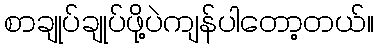
စာချုပ်ချုပ်ဖို့ပဲကျန်ပါတော့တယ်။